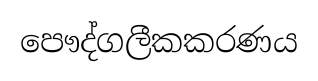
පෞද්ගලීකකරණය